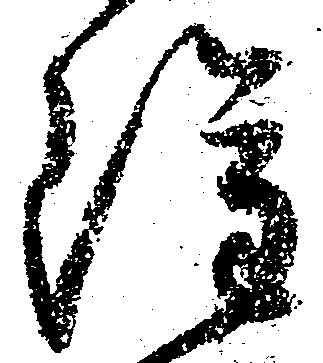
雖